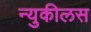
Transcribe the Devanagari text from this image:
न्युकीलस